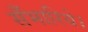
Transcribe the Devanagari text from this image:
सँभारिये।